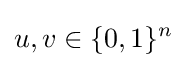
u,v\in \{0,1\}^{n}